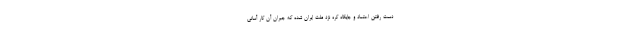
دست رفتن اعتماد و جایگاه کره نزد ملت ایران شده که جبران آن کار آسانی